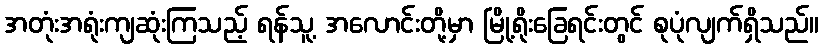
အတုံးအရုံးကျဆုံးကြသည့် ရန်သူ့ အလောင်းတို့မှာ မြို့ရိုးခြေရင်းတွင် စုပုံလျက်ရှိသည်။